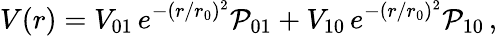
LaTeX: V(r)=V_{01}\, e^{-(r/r_{0})^{2}}{\cal P}_{01}+V_{10}\, e^{-(r/r_{0})^{2}}{\cal P}_{10}\, ,